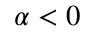
\alpha < 0